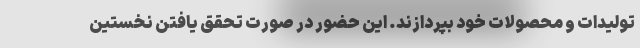
تولیدات و محصولات خود بپردازند. این حضور در صورت تحقق یافتن نخستین